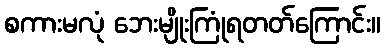
စကားမလုံ ဘေးမျိုးကြုံရတတ်ကြောင်း။